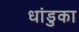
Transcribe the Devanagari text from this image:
धांडुका